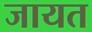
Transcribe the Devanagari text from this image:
जायत